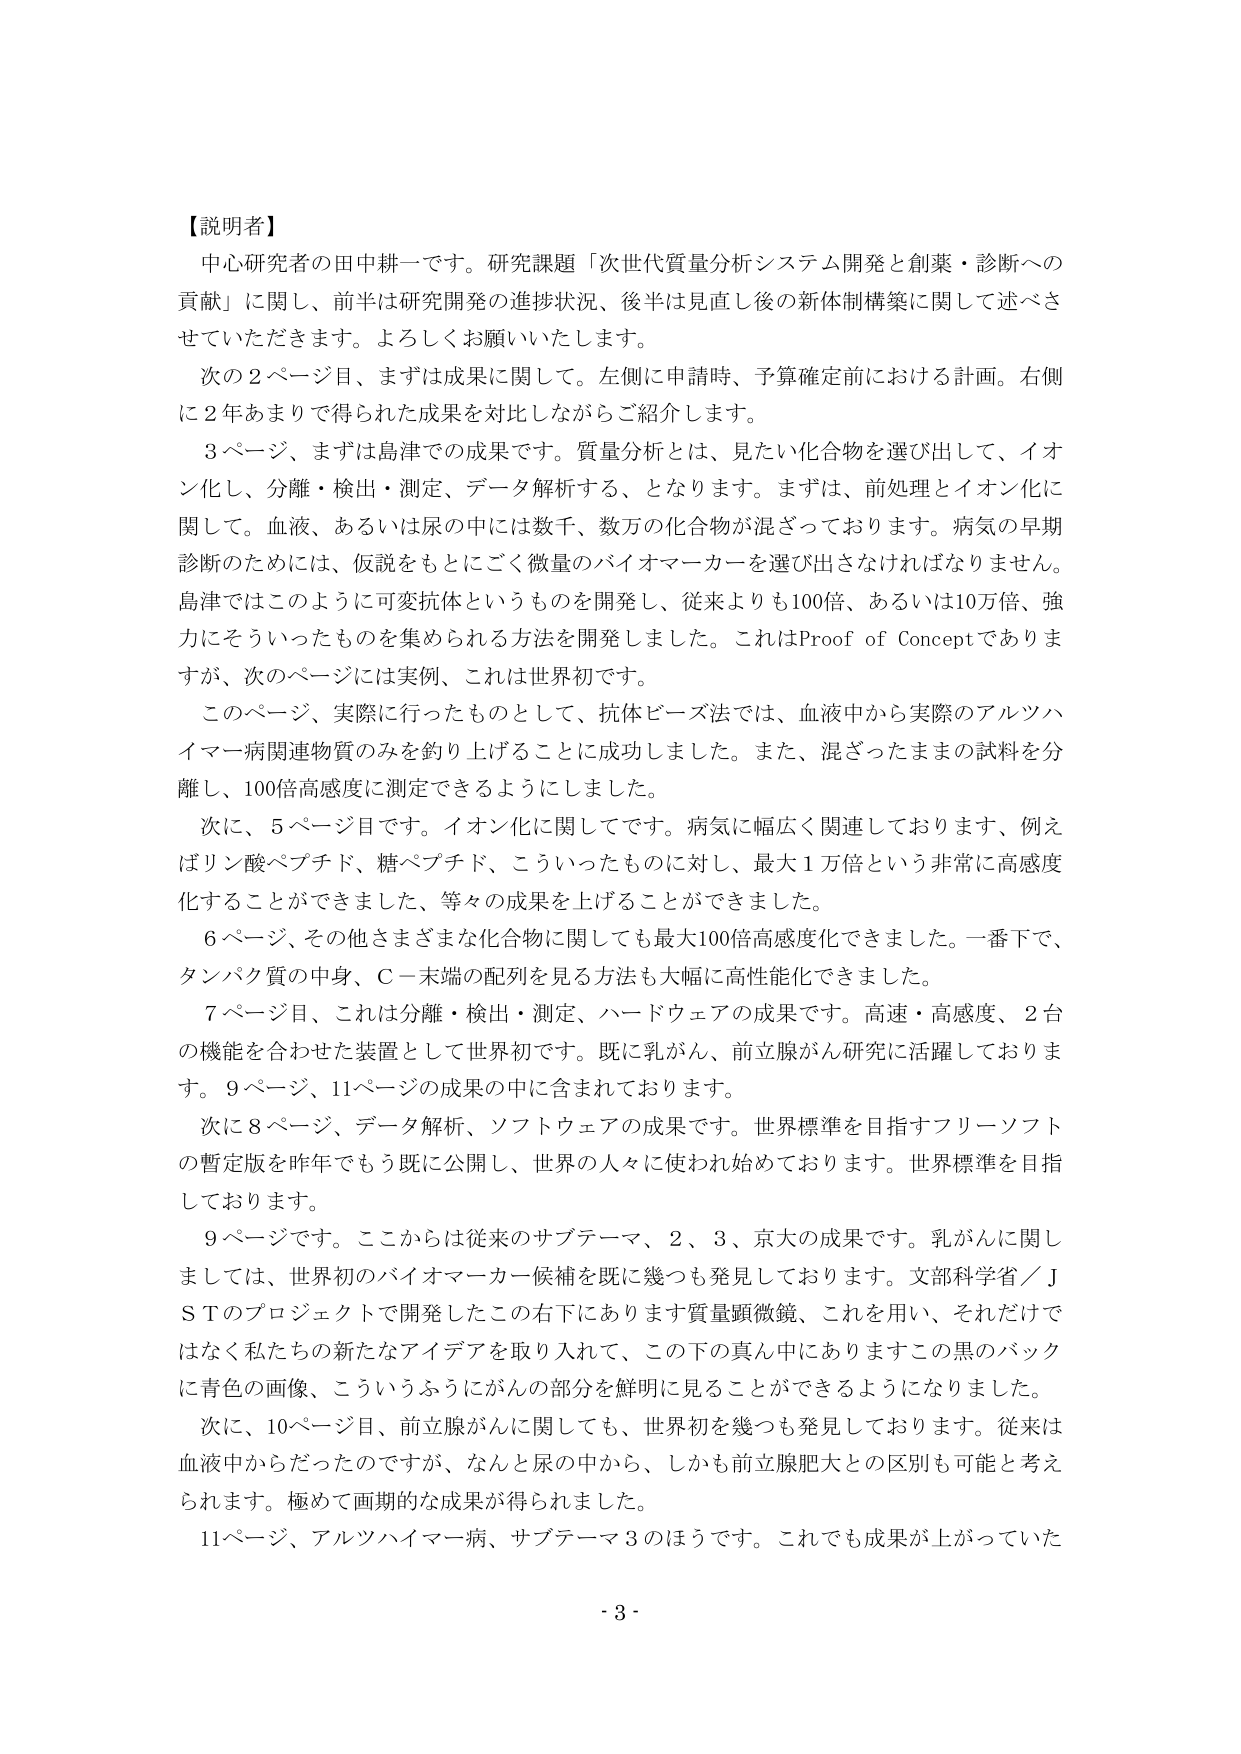
【説明者】
中心研究者の田中耕一です。研究課題「次世代質量分析システム開発と創薬・診断への貢献」に関し、前半は研究開発の進捗状況、後半は見直し後の新体制構築に関して述べさせていただきます。よろしくお願いいたします。

次の2ページ目、まずは成果に関して。左側に申請時、予算確定前における計画。右側に2年あまりで得られた成果を対比しながらご紹介します。

3ページ、まずは島津での成果です。質量分析とは、見たい化合物を選び出して、イオン化し、分離・検出・測定、データ解析する、となります。まずは、前処理とイオン化に関して。血液、あるいは尿の中には数千、数万の化合物が混ざっております。病気の早期診断のためには、仮説をもとにごく微量のバイオマーカーを選び出さなければなりません。島津ではこのように可変抗体というものを開発し、従来よりも100倍、あるいは10万倍、強力にそういったものを集められる方法を開発しました。これはProof of Conceptでありますが、次のページには実例、これは世界初です。

このページ、実際に行ったものとして、抗体ビーズ法では、血液中から実際のアルツハイマー病関連物質のみを釣り上げることに成功しました。また、混ざったままの試料を分離し、100倍高感度に測定できるようにしました。

次に、5ページ目です。イオン化に関してです。病気に幅広く関連しております、例えばリン酸ペプチド、糖ペプチド、こういったものに対し、最大1万倍という非常に高感度化することができました、等々の成果を上げることができました。

6ページ、その他さまざまな化合物に関しても最大100倍高感度化できました。一番下で、タンパク質の中身、C－末端の配列を見る方法も大幅に高性能化できました。

7ページ目、これは分離・検出・測定、ハードウェアの成果です。高速・高感度、2台の機能を合わせた装置として世界初です。既に乳がん、前立腺がん研究に活躍しております。9ページ、11ページの成果の中に含まれております。

次に8ページ、データ解析、ソフトウェアの成果です。世界標準を目指すフリーソフトの暫定版を昨年でもう既に公開し、世界の人々に使われ始めております。世界標準を目指しております。

9ページです。ここからは従来のサブテーマ、2、3、京大の成果です。乳がんに関しては、世界初のバイオマーカー候補を既に幾つも発見しております。文部科学省／JSTのプロジェクトで開発したこの右下にあります質量顕微鏡、これを用い、それだけではなく私たちの新たなアイデアを取り入れて、この下の真ん中にありますこの黒のバックに青色の画像、こういうふうにがんの部分を鮮明に見ることができるようにしました。

次に、10ページ目、前立腺がんに関しても、世界初を幾つも発見しております。従来は血液中からだったのですが、なんと尿の中から、しかも前立腺肥大との区別も可能と考えられます。極めて画期的な成果が得られました。

11ページ、アルツハイマー病、サブテーマ3のほうです。これでも成果が上がっていた

- 3 -